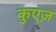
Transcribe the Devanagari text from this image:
कुएज़